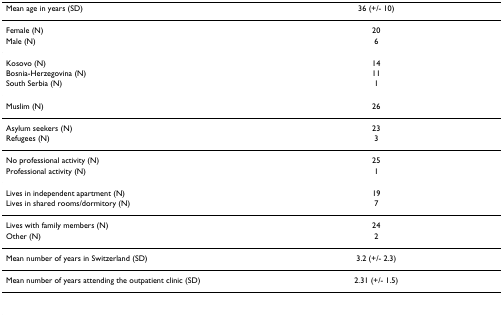
<table><thead><tr><td><b>Mean age in years (SD)</b></td><td><b>36 (+/- 10)</b></td></tr></thead><tbody><tr><td>Female (N)</td><td>20</td></tr><tr><td>Male (N)</td><td>6</td></tr><tr><td>Kosovo (N)</td><td>14</td></tr><tr><td>Bosnia-Herzegovina (N)</td><td>11</td></tr><tr><td>South Serbia (N)</td><td>1</td></tr><tr><td>Muslim (N)</td><td>26</td></tr><tr><td>Asylum seekers (N)</td><td>23</td></tr><tr><td>Refugees (N)</td><td>3</td></tr><tr><td>No professional activity (N)</td><td>25</td></tr><tr><td>Professional activity (N)</td><td>1</td></tr><tr><td>Lives in independent apartment (N)</td><td>19</td></tr><tr><td>Lives in shared rooms/dormitory (N)</td><td>7</td></tr><tr><td>Lives with family members (N)</td><td>24</td></tr><tr><td>Other (N)</td><td>2</td></tr><tr><td>Mean number of years in Switzerland (SD)</td><td>3.2 (+/- 2.3)</td></tr><tr><td>Mean number of years attending the outpatient clinic (SD)</td><td>2.31 (+/- 1.5)</td></tr></tbody></table>